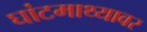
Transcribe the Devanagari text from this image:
घांटमाथ्यावर